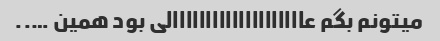
میتونم بگم عاااااااااااااااااااالی بود همین …..